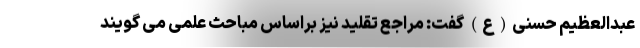
عبدالعظیم حسنی(ع) گفت: مراجع تقلید نیز براساس مباحث علمی می گویند